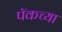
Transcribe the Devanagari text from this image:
पॅकच्या